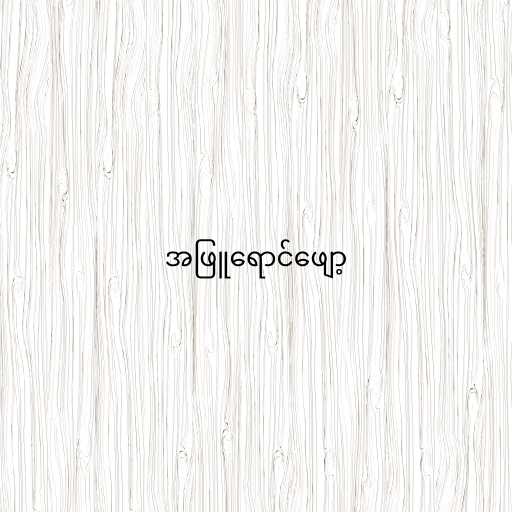
အဖြူရောင်ဖျော့